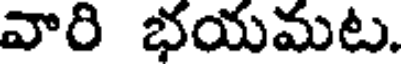
వారి భయమట.